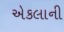
એકલાની